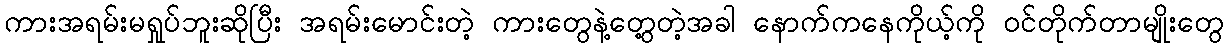
ကားအရမ်းမရှုပ်ဘူးဆိုပြီး အရမ်းမောင်းတဲ့ ကားတွေနဲ့တွေ့တဲ့အခါ နောက်ကနေကိုယ့်ကို ဝင်တိုက်တာမျိုးတွေ